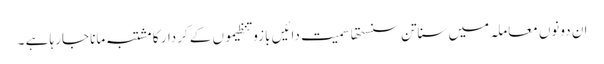
ان دونوں معاملہ میں سناتن سنستھا سمیت دائیں بازو تنظیموں کے کردار کا مشتبہ مانا جارہا ہے ۔